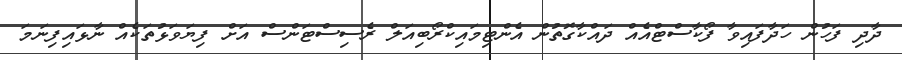
ދާދި ފަހުން ހަދާފައިވާ ފޯކާސްޓްއެއް ދައްކާގޮތުން އެންޓިމައިކްރޯބިއަލް ރެސިސްޓަންސް އަށް ފިޔަވަޅުތަކެއް ނާޅައިފިނަމަ